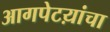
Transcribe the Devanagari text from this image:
आगपेटय़ांचा